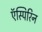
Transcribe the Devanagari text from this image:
ऍस्पिरिन